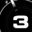
Digit: 3